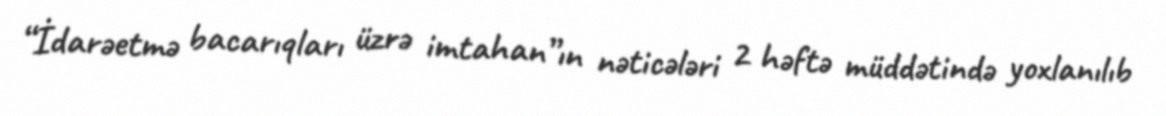
“İdarəetmə bacarıqları üzrə imtahan”ın nəticələri 2 həftə müddətində yoxlanılıb